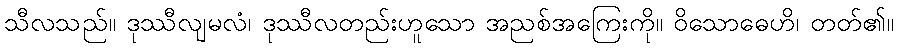
သီလသည်။ ဒုဿီလျမလံ၊ ဒုဿီလတည်းဟူသော အညစ်အကြေးကို။ ဝိသောဓေဟိ၊ တတ်၏။